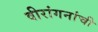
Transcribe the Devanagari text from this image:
वीरांगनांची